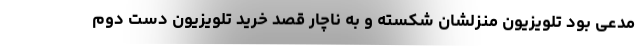
مدعی بود تلویزیون منزلشان شکسته و به ناچار قصد خرید تلویزیون دست دوم